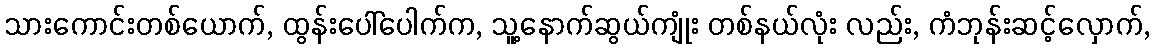
သားကောင်းတစ်ယောက်, ထွန်းပေါ်ပေါက်က, သူ့နောက်ဆွယ်ကျုံး တစ်နယ်လုံး လည်း, ကံဘုန်းဆင့်လှောက်,